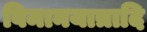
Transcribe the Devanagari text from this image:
विमानयात्रादि